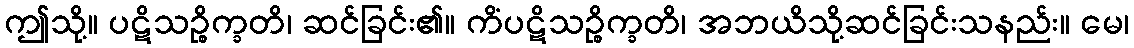
ဤသို့။ ပဋိသဉ္စိက္ခတိ၊ ဆင်ခြင်း၏။ ကိံပဋိသဉ္စိက္ခတိ၊ အဘယိသို့ဆင်ခြင်းသနည်း။ မေ၊